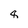
Character: 8